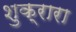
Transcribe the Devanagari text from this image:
शुक्रारा